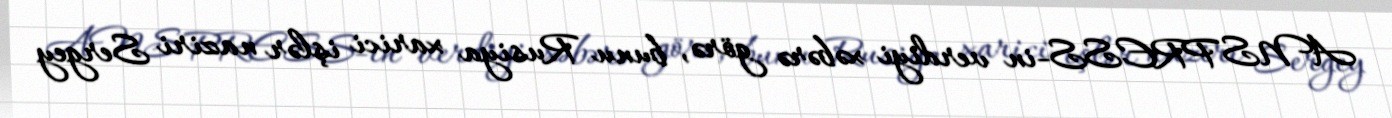
ANS PRESS-in verdiyi xəbərə görə, bunu Rusiya xarici işlər naziri Sergey